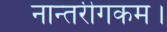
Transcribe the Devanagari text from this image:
नान्तरीगकम।